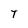
Character: T